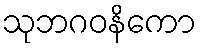
သုဘဂဝနိကော